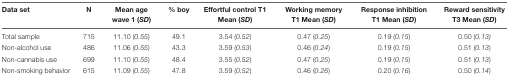
| Data set | N | Mean age wave 1 (SD) | % boy | Effortful control T1 Mean (SD) | Working memory T1 Mean (SD) | Response inhibition T1 Mean (SD) | Reward sensitivity T3 Mean (SD) |
 | --- | --- | --- | --- | --- | --- | --- | --- |
 | Total sample | 715 | 11.10 (0.55) | 49.1 | 3.54 (0.52) | 0.47 (0.25) | 0.19 (0.15) | 0.50 (0.13) |
 | Non-alcohol use | 486 | 11.06 (0.55) | 43.3 | 3.59 (0.53) | 0.46 (0.24) | 0.19 (0.15) | 0.51 (0.13) |
 | Non-cannabis use | 699 | 11.10 (0.55) | 48.4 | 3.55 (0.52) | 0.47 (0.25) | 0.19 (0.15) | 0.51 (0.13) |
 | Non-smoking behavior | 615 | 11.09 (0.55) | 47.8 | 3.59 (0.52) | 0.46 (0.26) | 0.20 (0.16) | 0.50 (0.14) |